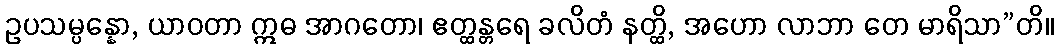
ဥပသမ္ပန္နော, ယာဝတာ ဣဓ အာဂတော၊ ဧတ္ထန္တရေ ခလိတံ နတ္ထိ, အဟော လာဘာ တေ မာရိသာ”တိ။